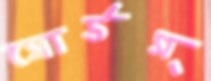
সোর্ডস্